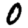
Digit: 0